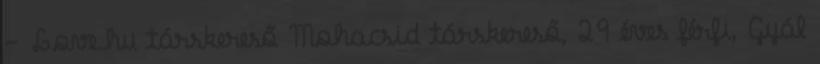
- Love.hu társkereső Mohacsid társkereső, 29 éves férfi, Gyál